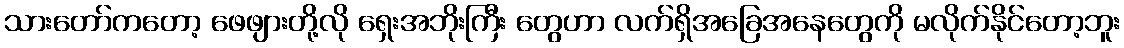
သားတော်ကတော့ ဖေဖျားတို့လို ရှေးအဘိုးကြီး တွေဟာ လက်ရှိအခြေအနေတွေကို မလိုက်နိုင်တော့ဘူး